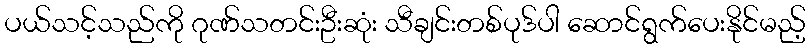
ပယ်သင့်သည်ကို ဂုဏ်သတင်းဦးဆုံး သီချင်းတစ်ပုဒ်ပါ ဆောင်ရွက်ပေးနိုင်မည့်